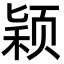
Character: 颖